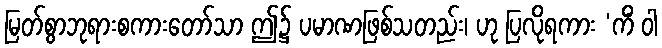
မြတ်စွာဘုရားစကားတော်သာ ဤ၌ ပမာဏဖြစ်သတည်း၊ ဟု ပြလိုရကား ‘ကိံ ဝါ